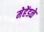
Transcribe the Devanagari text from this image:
मेहेंडळे